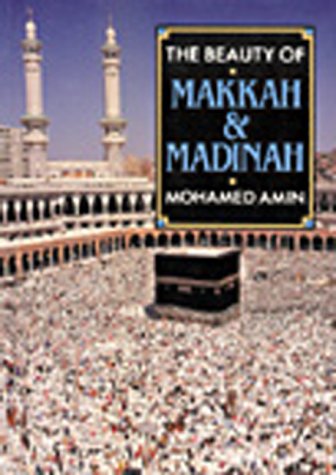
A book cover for The Beauty of Makkah & Madinah; Mohamed Amin; Travel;